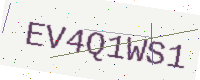
Text: EV4Q1WS1